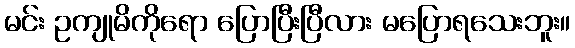
မင်း ဥကျုမိကိုရော ပြောပြီးပြီလား မပြောရသေးဘူး။